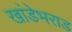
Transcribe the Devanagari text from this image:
खांडेभराड